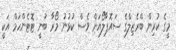
މީގެ ކުރިން ބްރެޒިލްގެ ސައޮޕާލޯއަށް ވެސް ކުޅުނު މޯރާ ބުނީ ޓޮޓެންހަމް އަކީ